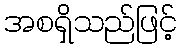
အစရှိသည်ဖြင့်